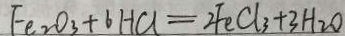
F e _ { 2 } O _ { 3 } + 6 H C l = 2 F e C l _ { 3 } + 3 H _ { 2 } O